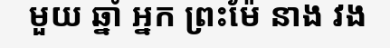
មួយ ឆ្នាំ អ្នក ព្រះម៉ែ នាង វង